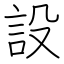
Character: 設